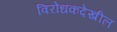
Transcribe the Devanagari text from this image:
विरोधकदेखील